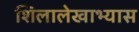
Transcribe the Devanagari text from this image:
शिलालेखाभ्यास